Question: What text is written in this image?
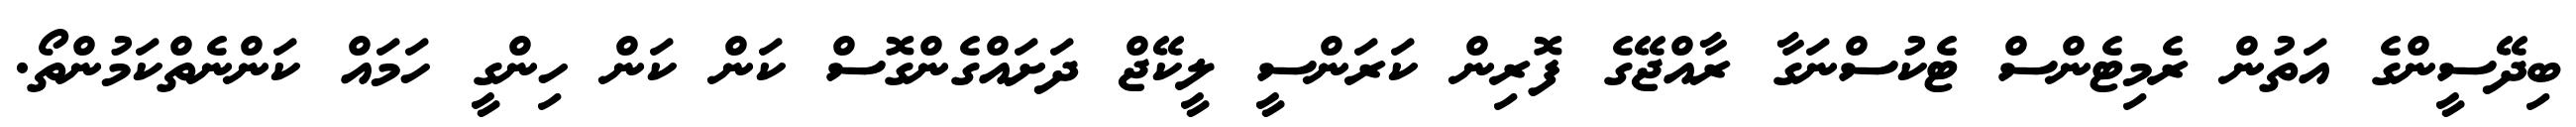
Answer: ބިދޭސީންގެ އަތުން ރެމިޓެންސް ޓެކުސްނަގާ ރާއްޖޭގެ ފޮރިން ކަރަންސީ ލީކޭޖް ދަށައްގެންގޮސް ކަން ކަން ހިންގީ ހަމައް ކަންނެތްކަމުންތޯ.